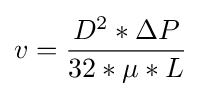
v={\frac {D^{2}*\Delta P}{32*\mu *L}}